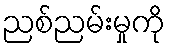
ညစ်ညမ်းမှုကို